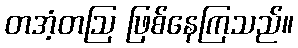
တအံ့တဩ ဖြစ်နေကြသည်။